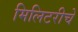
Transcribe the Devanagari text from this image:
मिलिटरीचे